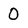
Character: 0